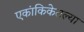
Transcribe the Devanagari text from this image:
एकांकिकेतल्या